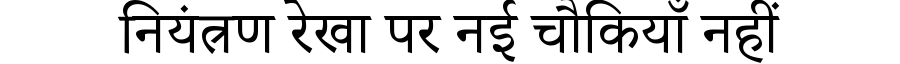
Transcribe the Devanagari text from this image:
नियंत्रण रेखा पर नई चौकियाँ नहीं